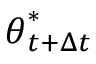
{ \boldsymbol { \theta } } _ { t + \Delta t } ^ { * }